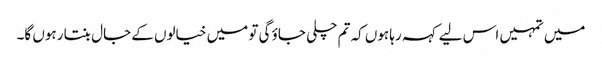
میں تمہیں اس لیے کہہ رہا ہوں کہ تم چلی جاؤ گی تو میں خیالوں کے جال بنتا رہوں گا۔